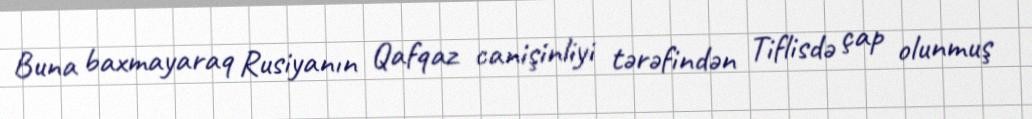
Buna baxmayaraq Rusiyanın Qafqaz canişinliyi tərəfindən Tiflisdə çap olunmuş